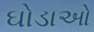
ઘોડાઓ